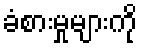
ခံစားမှုများကို